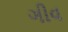
ગીવ